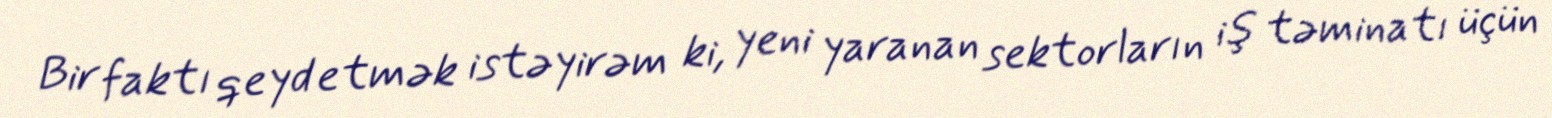
Bir faktı qeyd etmək istəyirəm ki, yeni yaranan sektorların iş təminatı üçün